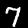
Label: 7